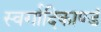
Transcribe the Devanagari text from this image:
स्वर्गादिकाण्डं